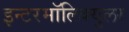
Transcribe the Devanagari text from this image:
इन्टरमॉलिक्युलर